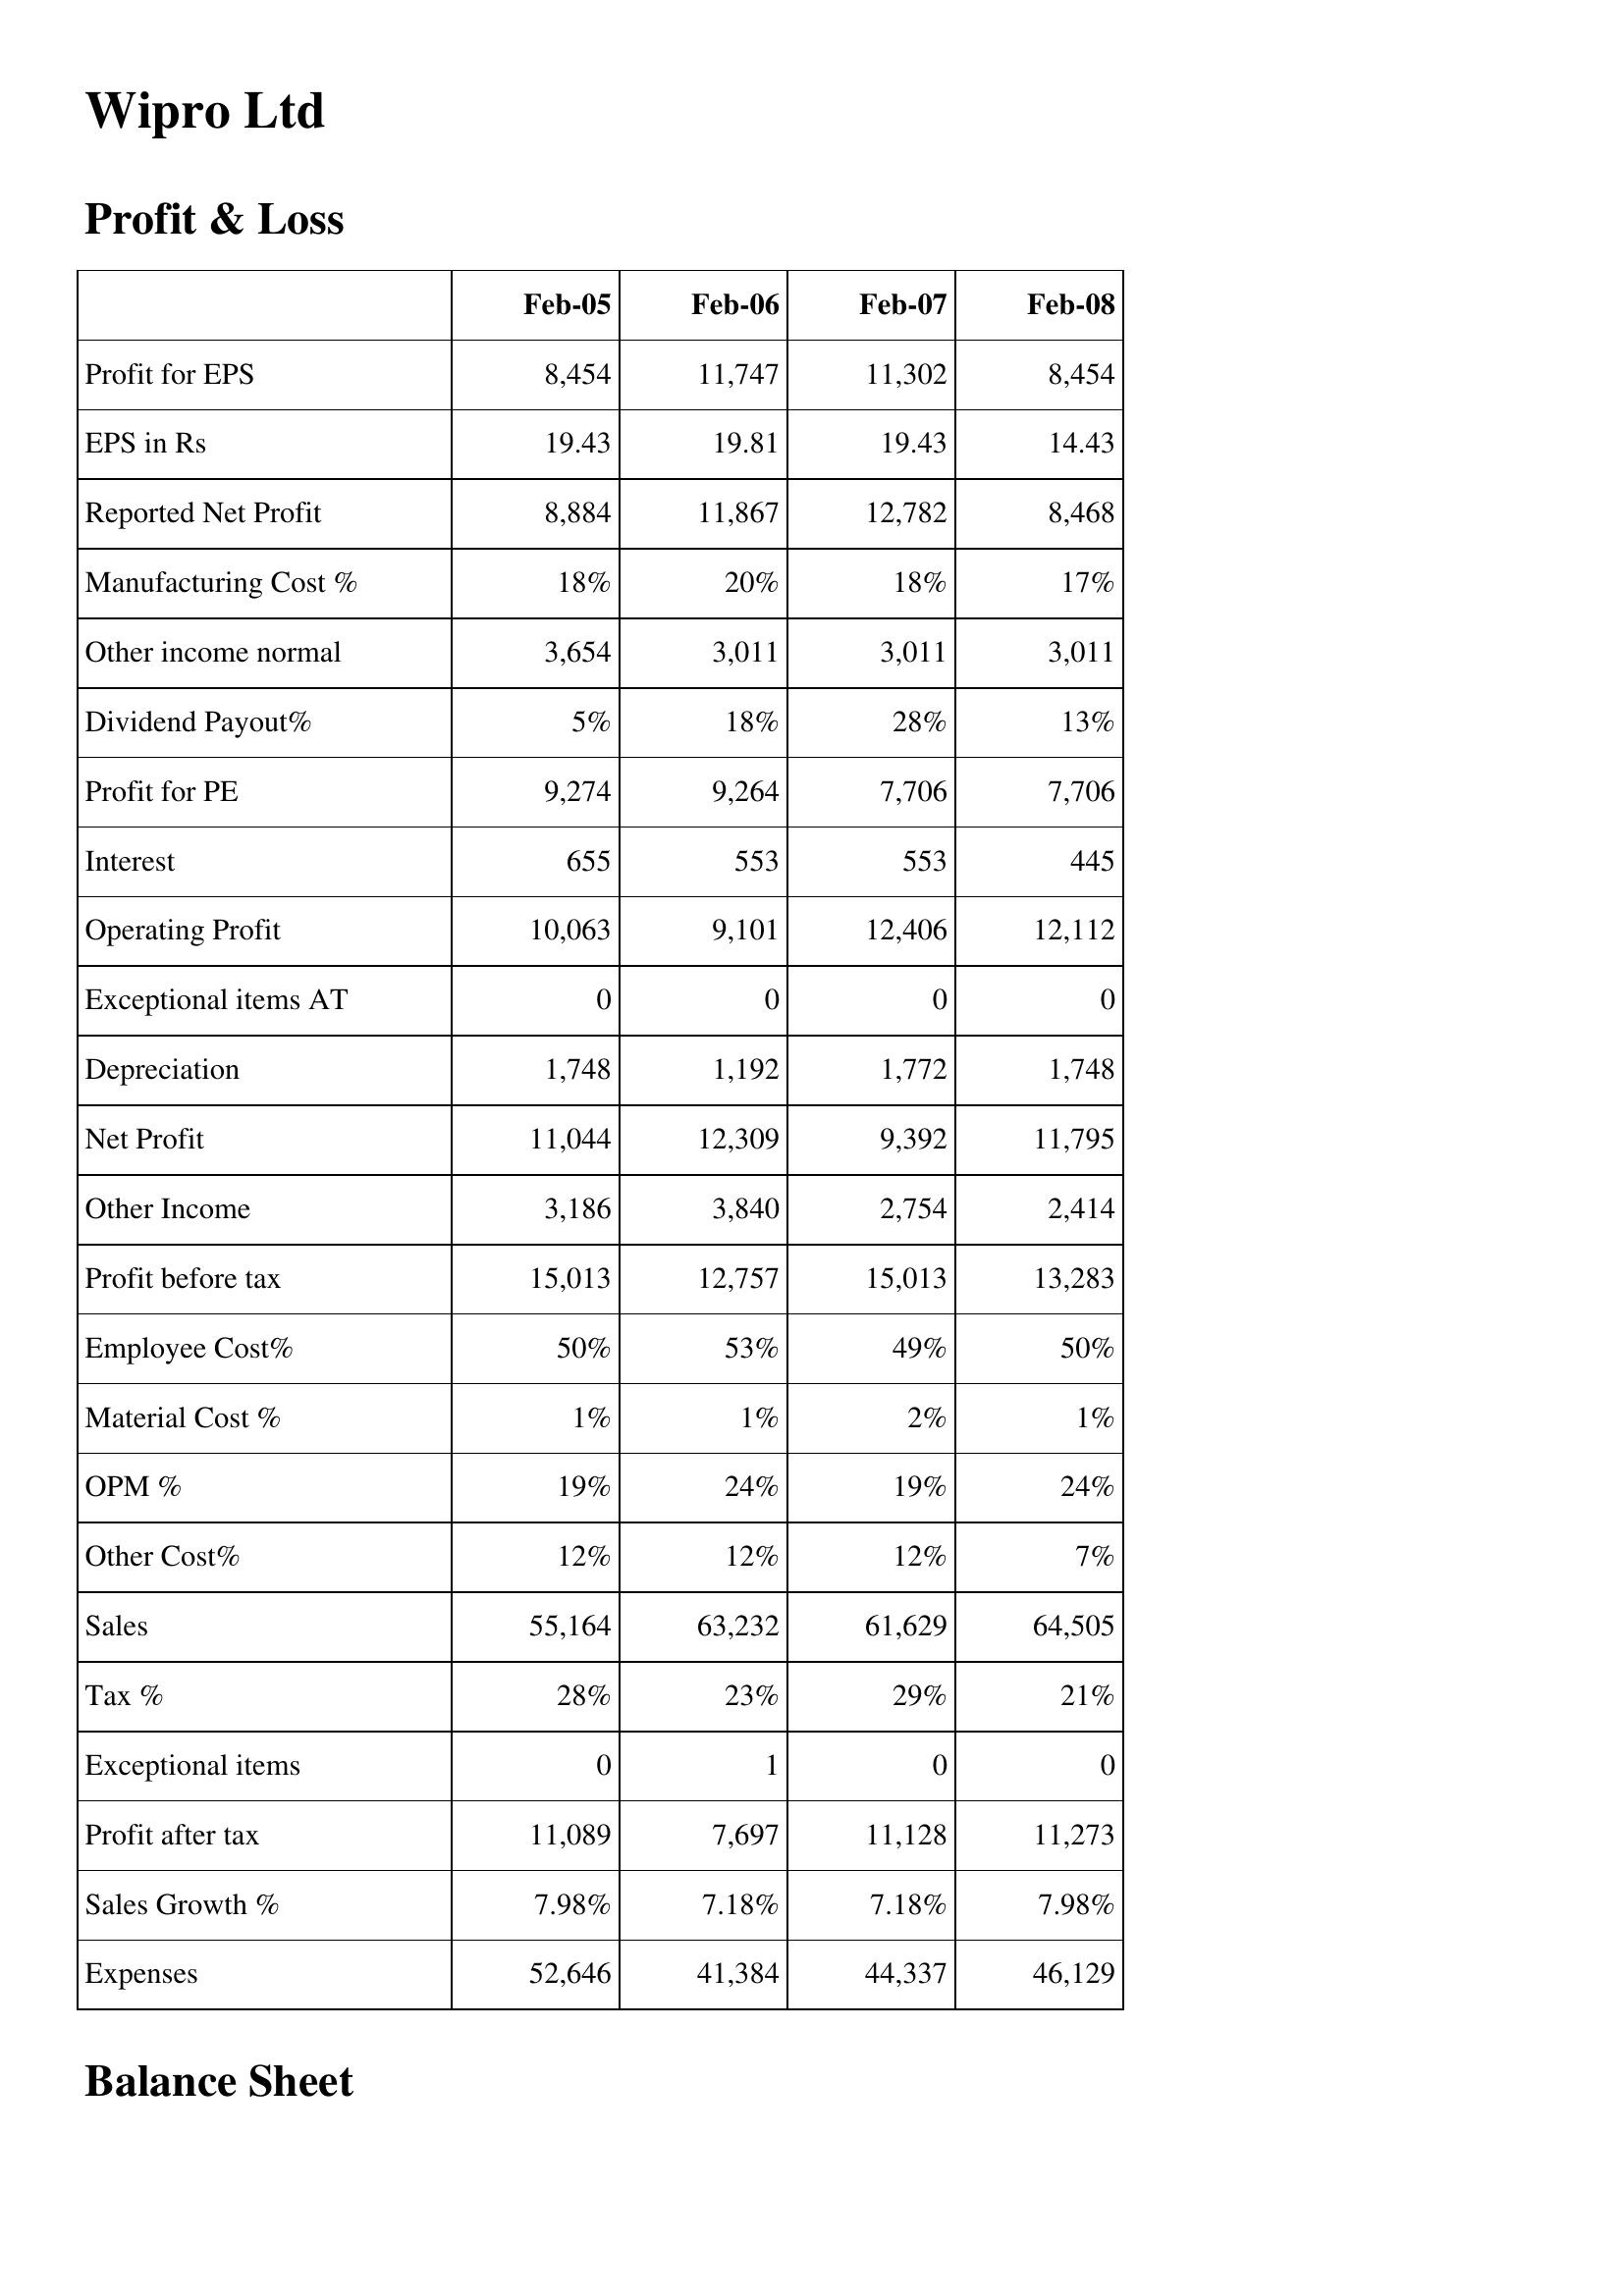
Feb-05: Profit & Loss: Profit for EPS: 8,454
EPS in Rs: 19.43
Reported Net Profit: 8,884
Manufacturing Cost %: 18%
Other income normal: 3,654
Dividend Payout%: 5%
Profit for PE: 9,274
Interest: 655
Operating Profit: 10,063
Exceptional items AT: 0
Depreciation: 1,748
Net Profit: 11,044
Other Income: 3,186
Profit before tax: 15,013
Employee Cost%: 50%
Material Cost %: 1%
OPM %: 19%
Other Cost%: 12%
Sales: 55,164
Tax %: 28%
Exceptional items: 0
Profit after tax: 11,089
Sales Growth %: 7.98%
Expenses: 52,646
Feb-06: Profit & Loss: Profit for EPS: 11,747
EPS in Rs: 19.81
Reported Net Profit: 11,867
Manufacturing Cost %: 20%
Other income normal: 3,011
Dividend Payout%: 18%
Profit for PE: 9,264
Interest: 553
Operating Profit: 9,101
Exceptional items AT: 0
Depreciation: 1,192
Net Profit: 12,309
Other Income: 3,840
Profit before tax: 12,757
Employee Cost%: 53%
Material Cost %: 1%
OPM %: 24%
Other Cost%: 12%
Sales: 63,232
Tax %: 23%
Exceptional items: 1
Profit after tax: 7,697
Sales Growth %: 7.18%
Expenses: 41,384
Feb-07: Profit & Loss: Profit for EPS: 11,302
EPS in Rs: 19.43
Reported Net Profit: 12,782
Manufacturing Cost %: 18%
Other income normal: 3,011
Dividend Payout%: 28%
Profit for PE: 7,706
Interest: 553
Operating Profit: 12,406
Exceptional items AT: 0
Depreciation: 1,772
Net Profit: 9,392
Other Income: 2,754
Profit before tax: 15,013
Employee Cost%: 49%
Material Cost %: 2%
OPM %: 19%
Other Cost%: 12%
Sales: 61,629
Tax %: 29%
Exceptional items: 0
Profit after tax: 11,128
Sales Growth %: 7.18%
Expenses: 44,337
Feb-08: Profit & Loss: Profit for EPS: 8,454
EPS in Rs: 14.43
Reported Net Profit: 8,468
Manufacturing Cost %: 17%
Other income normal: 3,011
Dividend Payout%: 13%
Profit for PE: 7,706
Interest: 445
Operating Profit: 12,112
Exceptional items AT: 0
Depreciation: 1,748
Net Profit: 11,795
Other Income: 2,414
Profit before tax: 13,283
Employee Cost%: 50%
Material Cost %: 1%
OPM %: 24%
Other Cost%: 7%
Sales: 64,505
Tax %: 21%
Exceptional items: 0
Profit after tax: 11,273
Sales Growth %: 7.98%
Expenses: 46,129